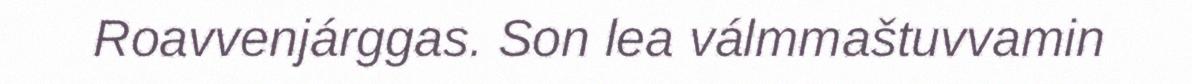
Roavvenjárggas. Son lea válmmaštuvvamin